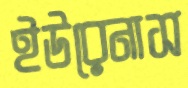
ইউরেনাস